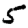
Digit: 5